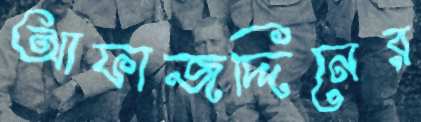
আফাজদ্দিনের